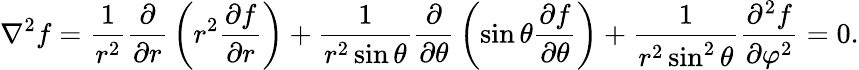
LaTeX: \nabla^{2}f={\frac{1}{r^{2}}}{\frac{\partial}{\partial r}}\left(r^{2}{\frac{\partial f}{\partial r}}\right)+{\frac{1}{r^{2}\sin\theta}}{\frac{\partial}{\partial\theta}}\left(\sin\theta{\frac{\partial f}{\partial\theta}}\right)+{\frac{1}{r^{2}\sin^{2}\theta}}{\frac{\partial^{2}f}{\partial\varphi^{2}}}=0.